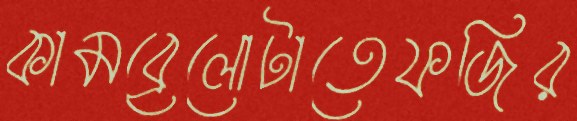
কামব্রেলোটাতেফজির